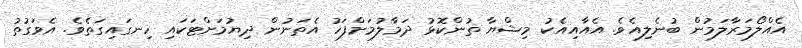
އެއްލޯމަރާލަމުން ބުނެލިއެވެ. އެއާއިއެކު މިޝްޔާ ތުންކޮޅު ދަމާލުމަށްފަހު އެތަނުން ދިޔުމަށްޓަކައި ހިނގައިގަތެވެ. އެވަގުތު